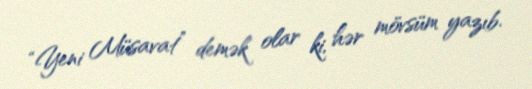
“Yeni Müsavat” demək olar ki, hər mövsüm yazıb.